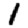
Digit: 1